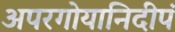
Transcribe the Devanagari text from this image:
अपरगोयानिदीपं